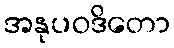
အနုပဝဒိတော